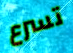
تسرع